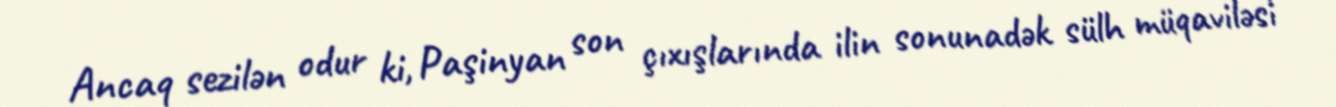
Ancaq sezilən odur ki, Paşinyan son çıxışlarında ilin sonunadək sülh müqaviləsi